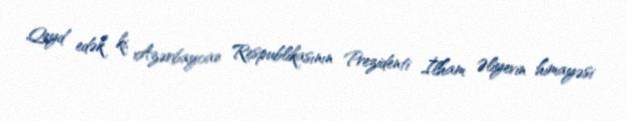
Qeyd edək ki, Azərbaycan Respublikasının Prezidenti İlham Əliyevin himayəsi